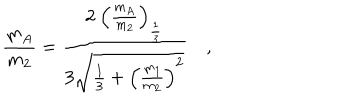
LaTeX: \frac { m _ { A } } { m _ { 2 } } = \frac { 2 ~ \left( \frac { m _ { A } } { m _ { 2 } } \right) _ { \frac { 1 } { 3 } } } { 3 \sqrt { \frac { 1 } { 3 } + \left( \frac { m _ { 1 } } { m _ { 2 } } \right) ^ { 2 } } } \quad ,